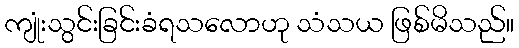
ကျုံးသွင်းခြင်းခံရသလောဟု သံသယ ဖြစ်မိသည်။